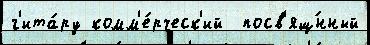
г'ита́ру комм'е́рческ'ий  посв'ящ́нный